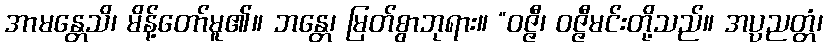
အာမန္တေသိ၊ မိန့်တော်မူ၏။ ဘန္တေ၊ မြတ်စွာဘုရား။ “ဝဇ္ဇီ၊ ဝဇ္ဇီမင်းတို့သည်။ အပ္ပညတ္တံ၊